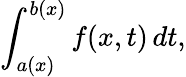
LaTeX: \int_{a(x)}^{b(x)}f(x,t)\, dt,